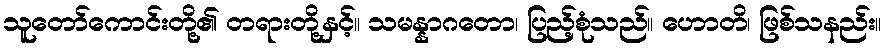
သူတော်ကောင်းတို့၏ တရားတို့နှင့်။ သမန္နာဂတော၊ ပြည့်စုံသည်။ ဟောတိ၊ ဖြစ်သနည်း။